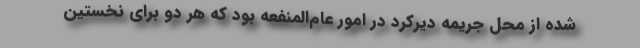
شده از محل جریمه دیرکرد در امور عام‌المنفعه بود که هر دو برای نخستین